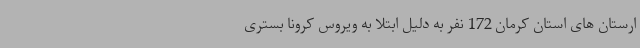
ارستان های استان کرمان 172 نفر به دلیل ابتلا به ویروس کرونا بستری